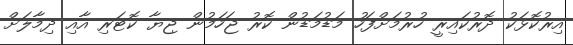
އިރުކޮޅަކު ދޮރުކައިރީ ހުރުމަށްފަހު މަޑުމަޑުން ކޮރު ޖަހަމުން ޖިޔާ ކޮޓަރި އާއި ދިމާލަށް